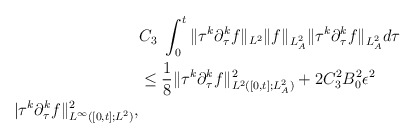
\begin{align*}&C_3\ \int^t_0\|\tau^{k}\partial^{k}_\tau f\|_{L^2}\| f\|_{L^2_A}\|\tau^k\partial^k_\tau f\|_{L^2_A}d\tau\\&\le \frac{1}{8}\|\tau^k\partial^k_\tau f\|^2_{L^2([0,t];L^2_A)}+2C^2_3 B^2_0\epsilon^2\\|\tau^{k}\partial^{k}_\tau f\|^2_{L^\infty([0, t]; L^2)},\end{align*}